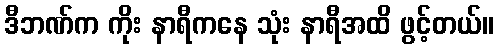
ဒီဘဏ်က ကိုး နာရီကနေ သုံး နာရီအထိ ဖွင့်တယ်။